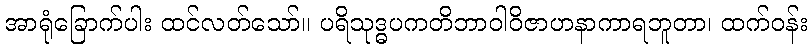
အာရုံခြောက်ပါး ထင်လတ်သော်။ ပရိသုဒ္ဓပကတိဘာဝါဝိဇာဟနာကာရဘူတာ၊ ထက်ဝန်း